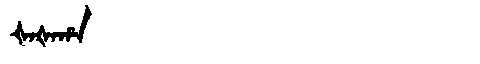
Manchu: ᡧᠠᡧᠠᡥᠠ
Romanization: ŠAŠAHA